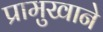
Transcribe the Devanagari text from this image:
प्रामुखाने